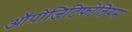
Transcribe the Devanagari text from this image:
ऑपोज़िटिफ़ोलियम